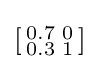
\left[{\begin{smallmatrix}0.7&0\\0.3&1\end{smallmatrix}}\right]